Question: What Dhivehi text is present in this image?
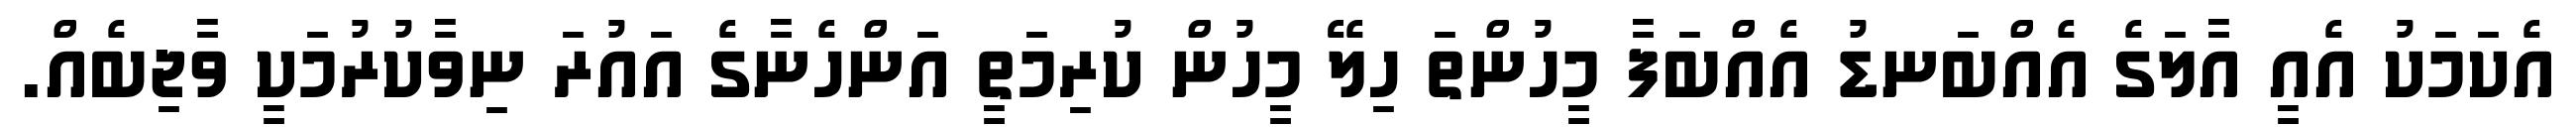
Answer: އެކަމަކު އެއީ އާލަގެ އެއްބަނޑު އެއްބަފާ މީހުންތަ ހިލޭ މީހުން ކުރިމަތީ އަންހެނާގެ އައުރަ ނިވާކުރުމަކީ ވާޖިބެއް.